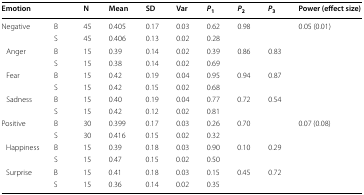
<table><thead><tr><td><b>Emotion</b></td><td></td><td><b>N</b></td><td><b>Mean</b></td><td><b>SD</b></td><td><b>Var</b></td><td><b><i>P</i><sub>1</sub></b></td><td><b><i>P</i><sub>2</sub></b></td><td><b><i>P</i><sub>3</sub></b></td><td><b>Power (effect size)</b></td></tr></thead><tbody><tr><td rowspan="2">Negative</td><td>B</td><td>45</td><td>0.405</td><td>0.17</td><td>0.03</td><td>0.62</td><td rowspan="2">0.98</td><td rowspan="2"></td><td rowspan="8">0.05 (0.01)</td></tr><tr><td>S</td><td>45</td><td>0.406</td><td>0.13</td><td>0.02</td><td>0.28</td></tr><tr><td rowspan="2"> Anger</td><td>B</td><td>15</td><td>0.39</td><td>0.14</td><td>0.02</td><td>0.39</td><td rowspan="2">0.86</td><td rowspan="2">0.83</td></tr><tr><td>S</td><td>15</td><td>0.38</td><td>0.14</td><td>0.02</td><td>0.69</td></tr><tr><td rowspan="2"> Fear</td><td>B</td><td>15</td><td>0.42</td><td>0.19</td><td>0.04</td><td>0.95</td><td rowspan="2">0.94</td><td rowspan="2">0.87</td></tr><tr><td>S</td><td>15</td><td>0.42</td><td>0.15</td><td>0.02</td><td>0.68</td></tr><tr><td rowspan="2"> Sadness</td><td>B</td><td>15</td><td>0.40</td><td>0.19</td><td>0.04</td><td>0.77</td><td rowspan="2">0.72</td><td rowspan="2">0.54</td></tr><tr><td>S</td><td>15</td><td>0.42</td><td>0.12</td><td>0.02</td><td>0.81</td></tr><tr><td rowspan="2">Positive</td><td>B</td><td>30</td><td>0.399</td><td>0.17</td><td>0.03</td><td>0.26</td><td rowspan="2">0.70</td><td rowspan="2"></td><td rowspan="6">0.07 (0.08)</td></tr><tr><td>S</td><td>30</td><td>0.416</td><td>0.15</td><td>0.02</td><td>0.32</td></tr><tr><td rowspan="2"> Happiness</td><td>B</td><td>15</td><td>0.39</td><td>0.18</td><td>0.03</td><td>0.90</td><td rowspan="2">0.10</td><td rowspan="2">0.29</td></tr><tr><td>S</td><td>15</td><td>0.47</td><td>0.15</td><td>0.02</td><td>0.50</td></tr><tr><td rowspan="2"> Surprise</td><td>B</td><td>15</td><td>0.41</td><td>0.18</td><td>0.03</td><td>0.15</td><td rowspan="2">0.45</td><td rowspan="2">0.72</td></tr><tr><td>S</td><td>15</td><td>0.36</td><td>0.14</td><td>0.02</td><td>0.35</td></tr></tbody></table>